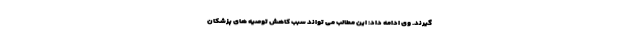
گیرند. وی ادامه داد: این مطالب می تواند سبب کاهش توصیه های پزشکان